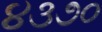
૪૩૭૦